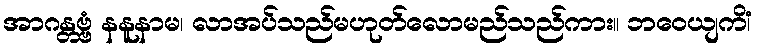
အာဂန္တဗ္ဗံ နနူနာမ၊ လာအပ်သည်မဟုတ်လောမည်သည်ကား။ ဘဝေယျကိံ၊